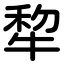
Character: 犂